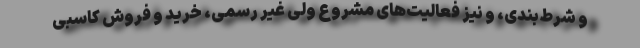
و شرط‌بندی، و نیز فعالیت‌های مشروع ولی غیر رسمی، خرید و فروش کاسبی